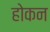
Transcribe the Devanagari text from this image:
होकन